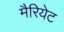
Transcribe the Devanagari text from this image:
मैरियेट